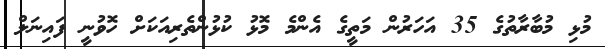
މުޅި މުބާރާތުގެ 35 އަހަރުން މަތީގެ އެންމެ މޮޅު ކުޅުންތެރިއަކަށް ހޮވުނީ ފައިނަލް